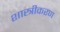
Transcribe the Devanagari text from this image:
शास्त्रीकरण